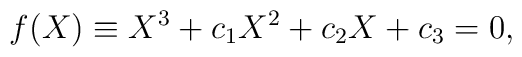
f(X)\equiv X^3 + c_1 X^2 +c_2 X +c_3 =0,